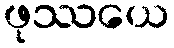
ဖုဿယေ